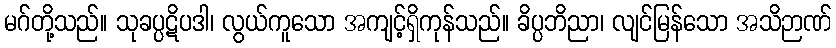
မဂ်တို့သည်။ သုခပ္ပဋိပဒါ၊ လွယ်ကူသော အကျင့်ရှိကုန်သည်။ ခိပ္ပဘိညာ၊ လျင်မြန်သော အသိဉာဏ်